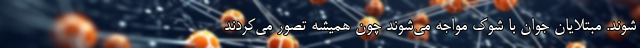
شوند. مبتلایان جوان با شوک مواجه می‌شوند چون همیشه تصور می‌کردند